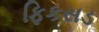
ફિકસડ